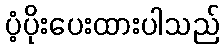
ပံ့ပိုးပေးထားပါသည်